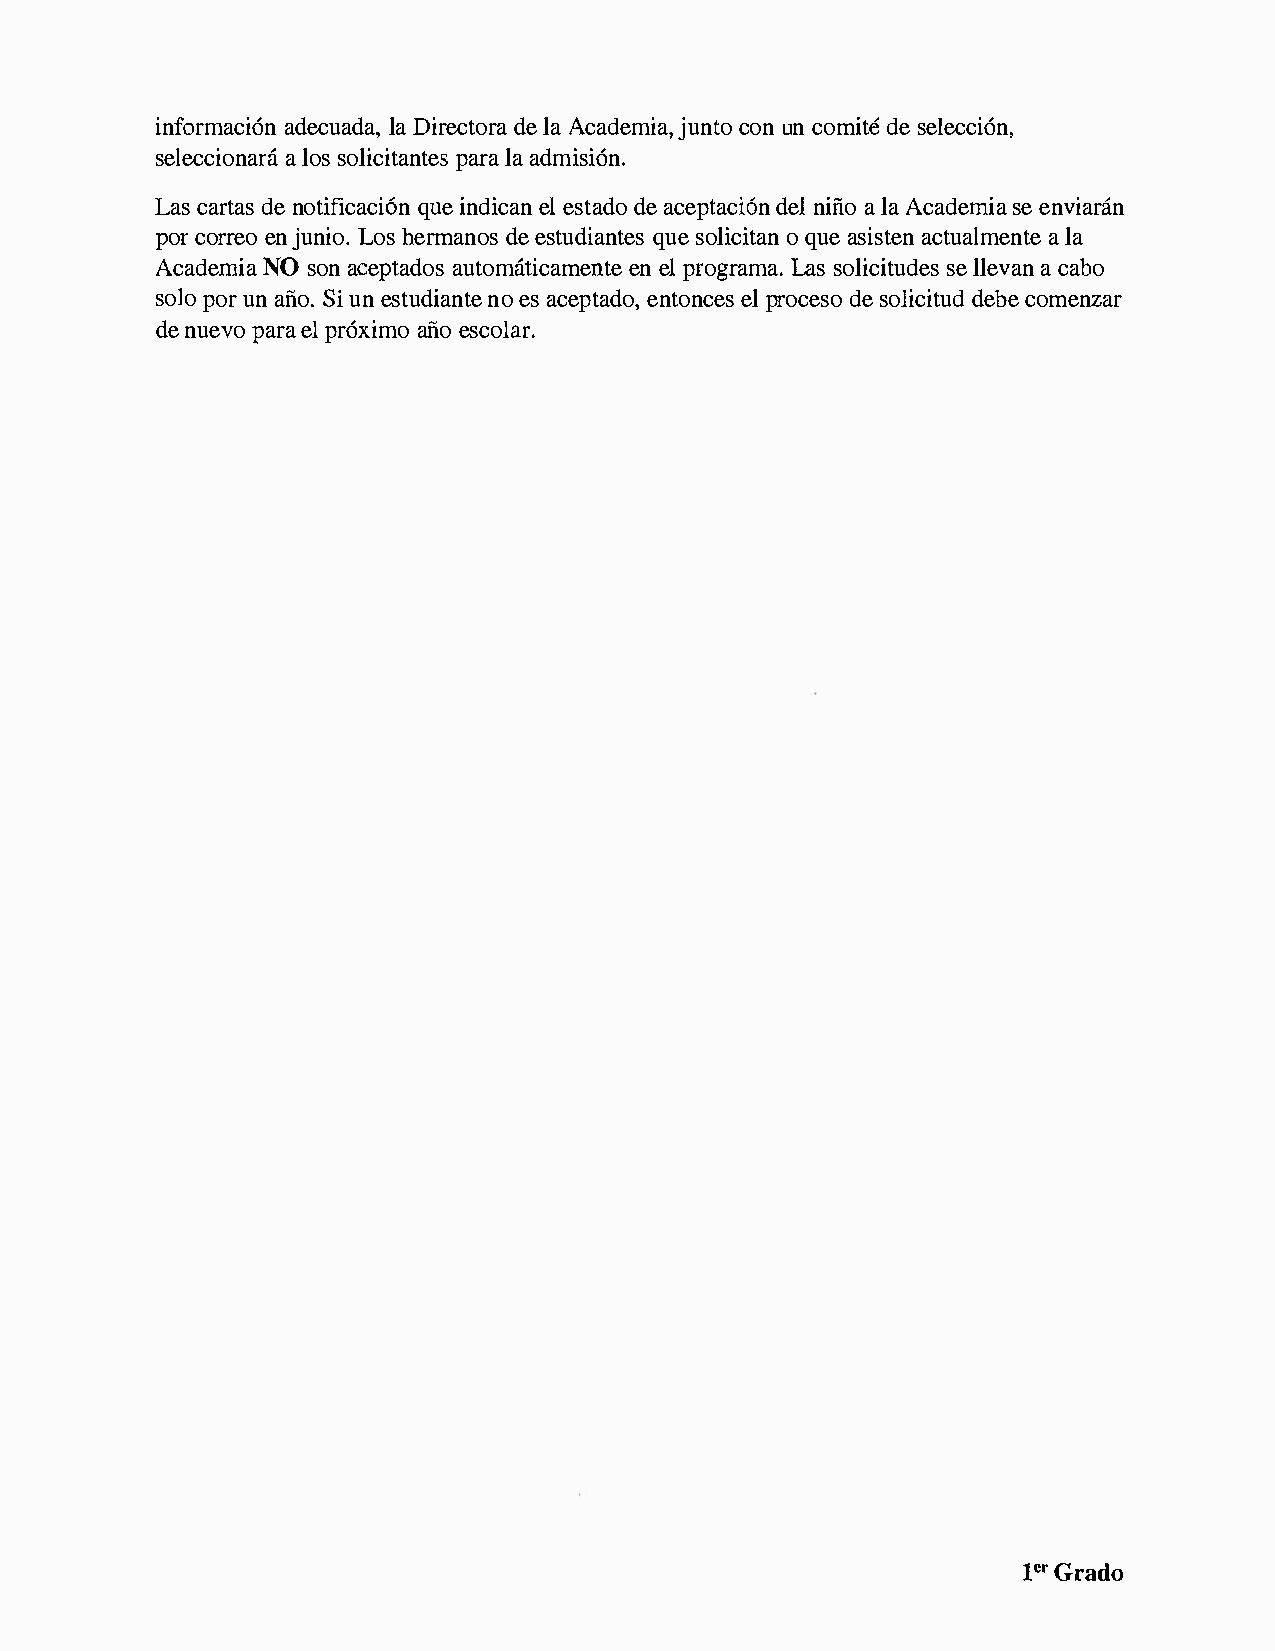
informaadceic6ulnDaa id rae,dc elt Aaocr aad ejmuincato,uon n c omdiets ee lecci6n,
 selecacl   iososon laircapi atlraaaand tmeiss i6n.
 Lacsa  rdtena ost ifiqcuaiecn id6iencel as ntd aead coe ptdaenc!ii aii6l onAa c adesmeei nav iaran
 pocro rernje uon Lioohs.e rmdaneeo sst udqiuaseno tleioscq iuatesa inas ctteuna all mae nte
 AcadeNmOsi  oaan c eptaaudtoosm ateinec plar moegnrtLaaesms oa l.i csielt lueadvc eaasnb o
 soploour na iiSoiu. n e studnioea san cteep etnatdooen,plc r eoscd eess ool idceibcteou mde nzar
 den uepvaoer plar 6xaiiimeoos colar.
 1•G•r ado